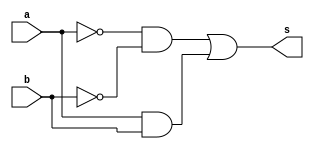
// -------------------------
// Nome: Pedro Henrique Hardeman Guedes
// -------------------------
// -------------------------
// -- xnor gate
// -------------------------
module orgate ( output s,
                            input  a, b);
assign s = (~a)&(~b) | (a & b);
endmodule // xnorgate
// ---------------------
// -- test xnor gate
// ---------------------
module testxnorgate;
// ------------------------- dados locais
   reg   a, b; // definir registradores
wire  s;    // definir conexao (fio)
// ------------------------- instancia
   orgate NOR1 (s, a, b);
// ------------------------- preparacao
   initial begin:start
                   // atribuicao simultanea
// dos valores iniciais
      a=0; b=0;
   end// ------------------------- parte principal
   initial begin
      $display("Exercicio2 - Pedro Henrique Hardeman Guedes - 397260");
      $display("Test XNOR gate");
$display("\na & b = s\n");
      a=0; b=0;
  #1  $display("%b & %b = %b", a, b, s);
      a=0; b=1;
  #1  $display("%b & %b = %b", a, b, s);
      a=1; b=0;
  #1  $display("%b & %b = %b", a, b, s);
      a=1; b=1;
  #1  $display("%b & %b = %b", a, b, s);
end
endmodule // testorgate